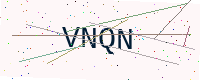
Text: VNQN